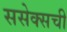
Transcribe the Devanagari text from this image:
ससेक्सची